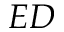
E D